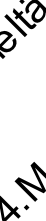
. t